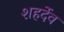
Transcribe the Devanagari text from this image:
शहर्देव